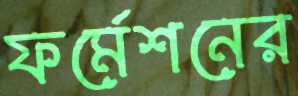
ফর্মেশনের